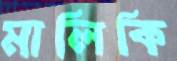
মালিকি